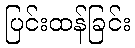
ပြင်းထန်ခြင်း